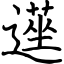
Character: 遳